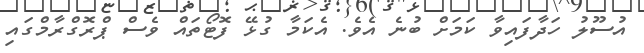
އުސޫލު ހަދާފައިވާ ކަމަށް ބުނެ އެވެ. އެކަމާ ގުޅޭ ފޮޓޯތައް ވެސް ޕްރޮގްރާމްގައި